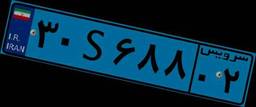
۱۹S۴۶۴۱۷